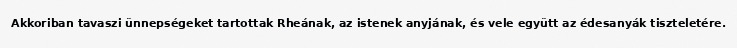
Akkoriban tavaszi ünnepségeket tartottak Rheának, az istenek anyjának, és vele együtt az édesanyák tiszteletére.